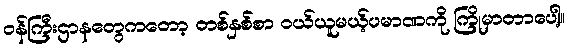
ဝန်ကြီးဌာနတွေကတော့ တစ်နှစ်စာ ဝယ်ယူမယ့်ပမာဏကို ကြိုမှာတာပေါ့။